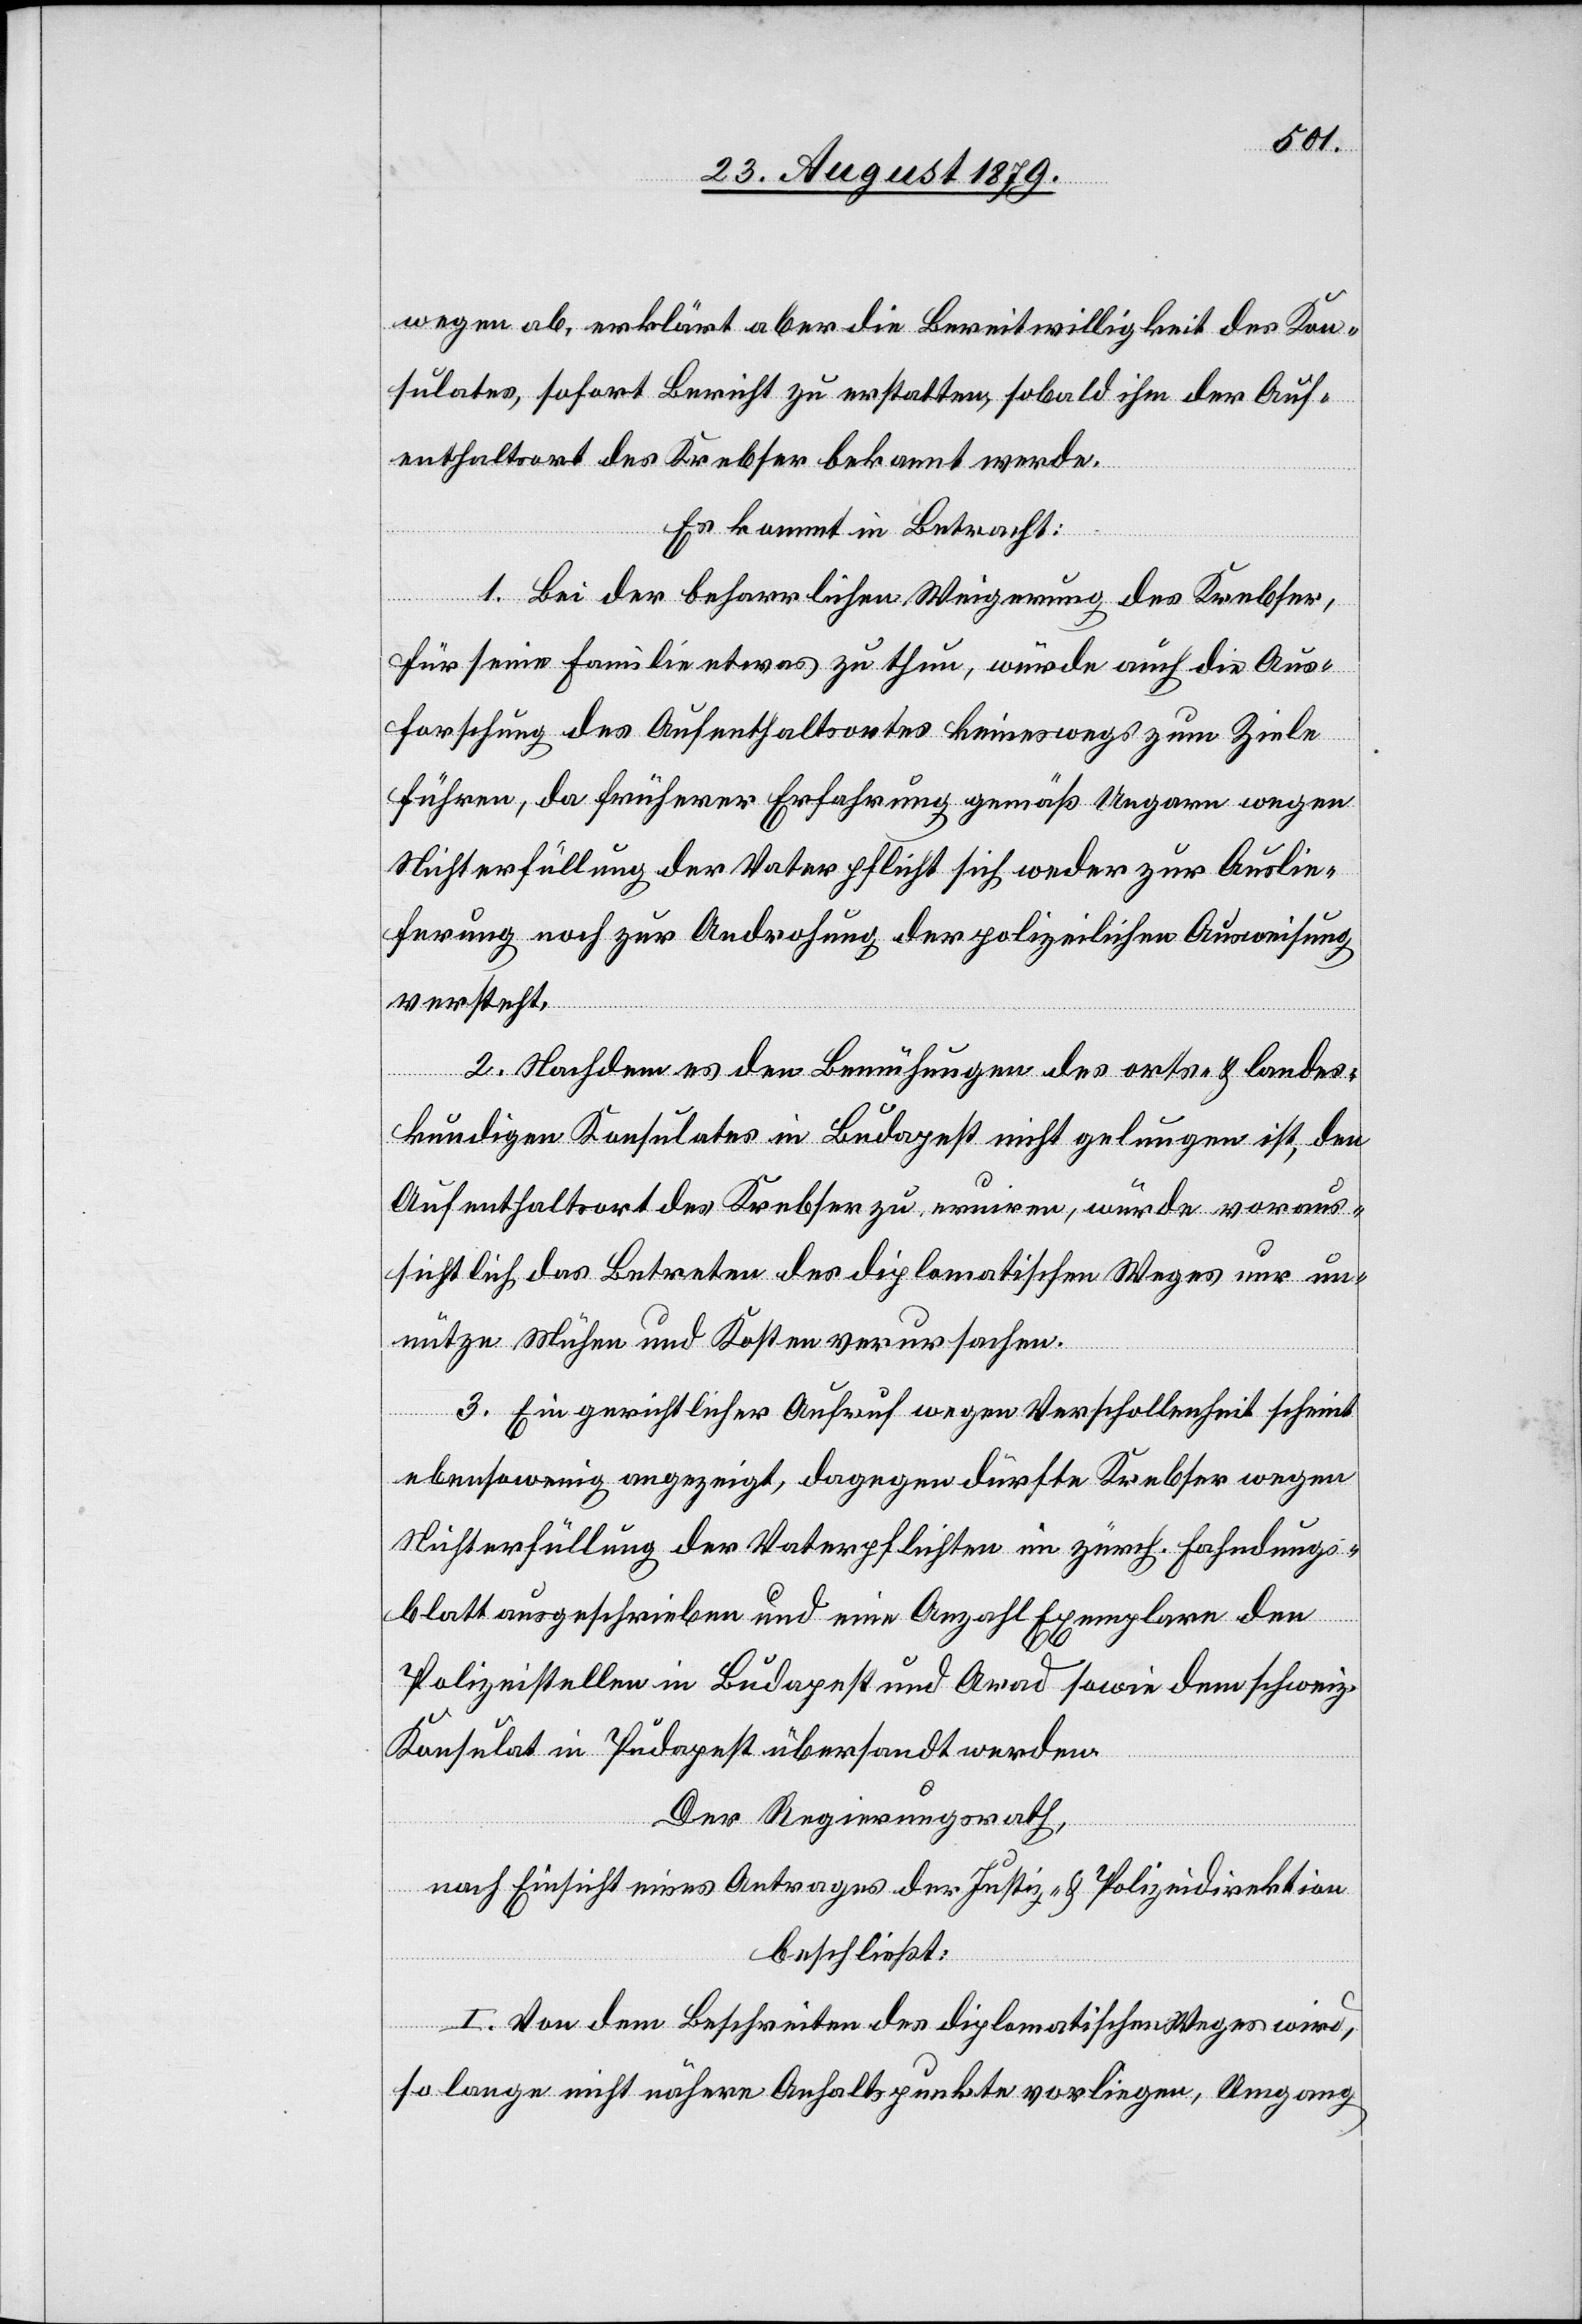
wegen ab, erklärt aber die Bereitwilligkeit des Kon¬
sulates, sofort Bericht zu erstatten, sobald ihm der Auf¬
enthaltsort des Krebser bekannt werde.
Es kommt in Betracht:
1. Bei der beharrlichen Weigerung des Krebser,
für seine Familie etwas zu thun, würde auch die Aus¬
forschung des Aufenthaltsortes keineswegs zum Ziele
führen, da früherer Erfahrung gemäß Ungarn wegen
Nichterfüllung der Vaterpflicht sich weder zur Auslie¬
ferung noch zur Androhung der polizeilichen Ausweisung
versteht.
2. Nachdem es den Bemühungen des orts- & landes¬
kundigen Konsulates in Budapest nicht gelungen ist, den
Aufenthaltsort des Krebser zu eruiren, würde voraus¬
sichtlich das Betreten des diplomatischen Weges nur un¬
nütze Mühen und Kosten verursachen.
3. Ein gerichtlicher Aufruf wegen Verschollenheit scheint
ebenso wenig angezeigt, dagegen dürfte Krebser wegen
Nichterfüllung der Vaterpflichten im zürch. Fahndungs¬
blatt ausgeschrieben und eine Anzahl Exemplare den
Polizeistellen in Budapest und Arad sowie dem schweiz.
Konsulat in Pudapest [sic!] übersandt werden.
Der Regierungsrath,
nach Einsicht eines Antrages der Justiz- & Polizeidirektion,
beschließt:
I. Von dem Beschreiten des diplomatischen Weges wird,
so lange nicht nähere Anhaltspunkte vorliegen, Umgang